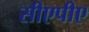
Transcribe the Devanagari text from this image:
सीएपीए